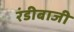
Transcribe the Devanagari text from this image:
रंडीबाजी